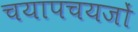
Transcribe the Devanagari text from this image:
चयापचयजों